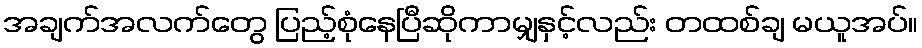
အချက်အလက်တွေ ပြည့်စုံနေပြီဆိုကာမျှနှင့်လည်း တထစ်ချ မယူအပ်။